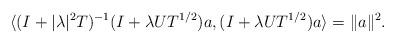
LaTeX: \begin{align*}\langle(I+|\lambda|^2T)^{-1}(I+\lambda UT^{1/2})a,(I+\lambda UT^{1/2})a\rangle=\|a\|^2.\end{align*}